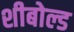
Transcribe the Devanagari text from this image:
शीबोल्ड